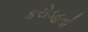
કરોડહતો